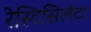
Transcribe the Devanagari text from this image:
रेस्टिसिलेटा